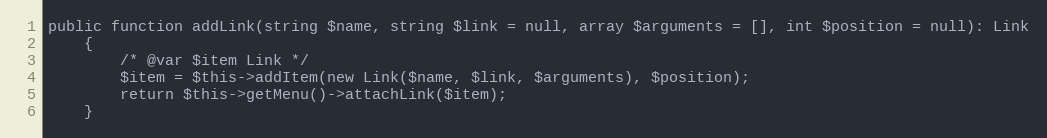
Language: PHP
public function addLink(string $name, string $link = null, array $arguments = [], int $position = null): Link
	{
		/* @var $item Link */
		$item = $this->addItem(new Link($name, $link, $arguments), $position);
		return $this->getMenu()->attachLink($item);
	}